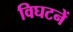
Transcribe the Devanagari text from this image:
विघटनें